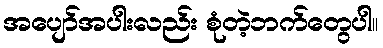
အပျော်အပါးလည်း စုံတဲ့ဘက်တွေပါ။